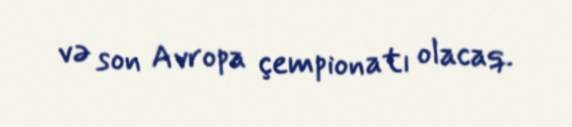
və son Avropa çempionatı olacaq.